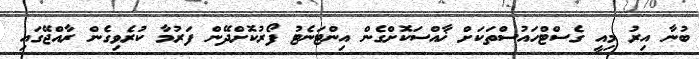
ބުނާ އިރު މިއީ ގެސްޓްހައުސްތަކަށް ޚާއްސަކޮށްގެން އިންޓަނެޓު ފޯރުކޮށްދޭން ފަރުމާ ކުރެވިގެން ރާއްޖޭގައި